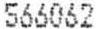
566062